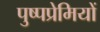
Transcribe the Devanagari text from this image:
पुष्पप्रेमियों